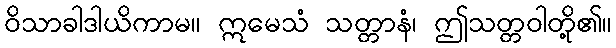
ဝိသာခါဒါယိကာမ။ ဣမေသံ သတ္တာနံ၊ ဤသတ္တဝါတို့၏။